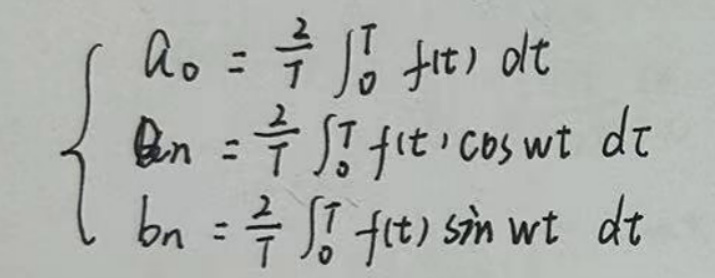
\[
\left\{
\begin{array}{l}
a_0 = \frac{2}{T} \int_{0}^{T} f(t) dt \\
a_n = \frac{2}{T} \int_{0}^{T} f(t) \cos(\omega t) dt \\
b_n = \frac{2}{T} \int_{0}^{T} f(t) \sin(\omega t) dt
\end{array}
\right.
\]